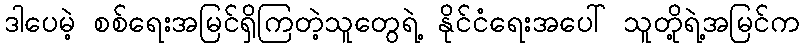
ဒါပေမဲ့ စစ်ရေးအမြင်ရှိကြတဲ့သူတွေရဲ့ နိုင်ငံရေးအပေါ် သူတို့ရဲ့အမြင်က